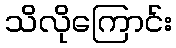
သိလိုကြောင်း